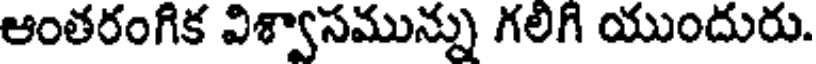
ఆంతరంగిక విశ్వాసమున్ను గలిగి యుందురు.